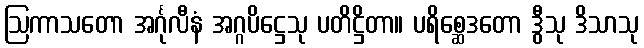
ဩကာသတော အင်္ဂုလီနံ အဂ္ဂပိဋ္ဌေသု ပတိဋ္ဌိတာ။ ပရိစ္ဆေဒတော ဒွီသု ဒိသာသု